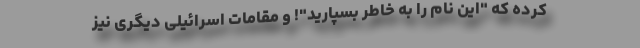
کرده که "این نام را به خاطر بسپارید"! و مقامات اسرائیلی دیگری نیز